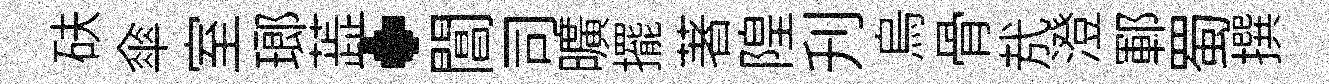
砆傘室瑯蕋·閶司曠擺著隍刋烏骨㢤澄鄆蜀撰